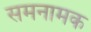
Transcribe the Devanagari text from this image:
समनामक